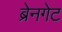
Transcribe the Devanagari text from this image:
ब्रेनगेट